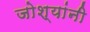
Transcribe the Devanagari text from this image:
जोश्यांनी